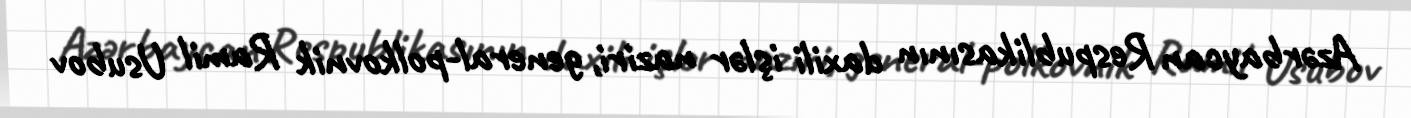
Azərbaycan Respublikasının daxili işlər naziri, general-polkovnik Ramil Usubov